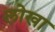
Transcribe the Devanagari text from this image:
लोखा